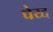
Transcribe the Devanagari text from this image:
पेय्द